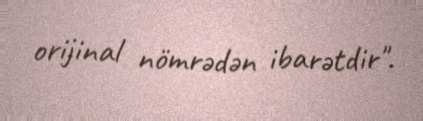
orijinal nömrədən ibarətdir".